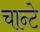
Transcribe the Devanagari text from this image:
चान्टे